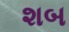
શબ